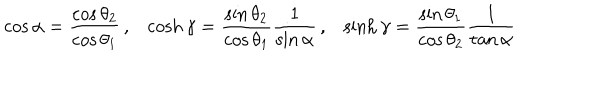
\cos \alpha = \frac { \cos \theta _ { 2 } } { \cos \theta _ { 1 } } \, , \cosh \gamma = \frac { \sin \theta _ { 2 } } { \cos \theta _ { 1 } } \frac { 1 } { \sin \alpha } \, , \sinh \gamma = \frac { \sin \theta _ { 1 } } { \cos \theta _ { 2 } } \frac { 1 } { \tan \alpha }